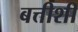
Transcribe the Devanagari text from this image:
बत्तीशी